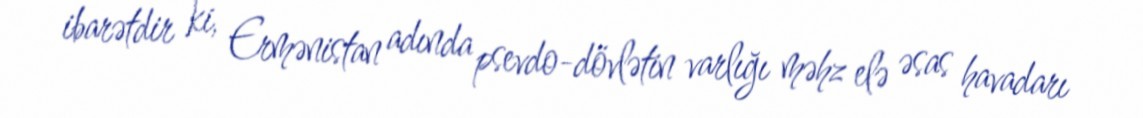
ibarətdir ki, Ermənistan adında psevdo-dövlətin varlığı məhz elə əsas havadarı